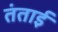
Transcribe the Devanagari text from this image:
तंताई